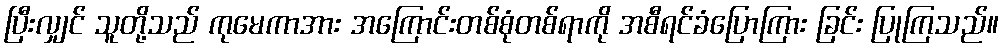
ပြီးလျှင် သူတို့သည် ကုမေကာအား အကြောင်းတစ်စုံတစ်ရာကို အစီရင်ခံပြောကြား ခြင်း ပြုကြသည်။